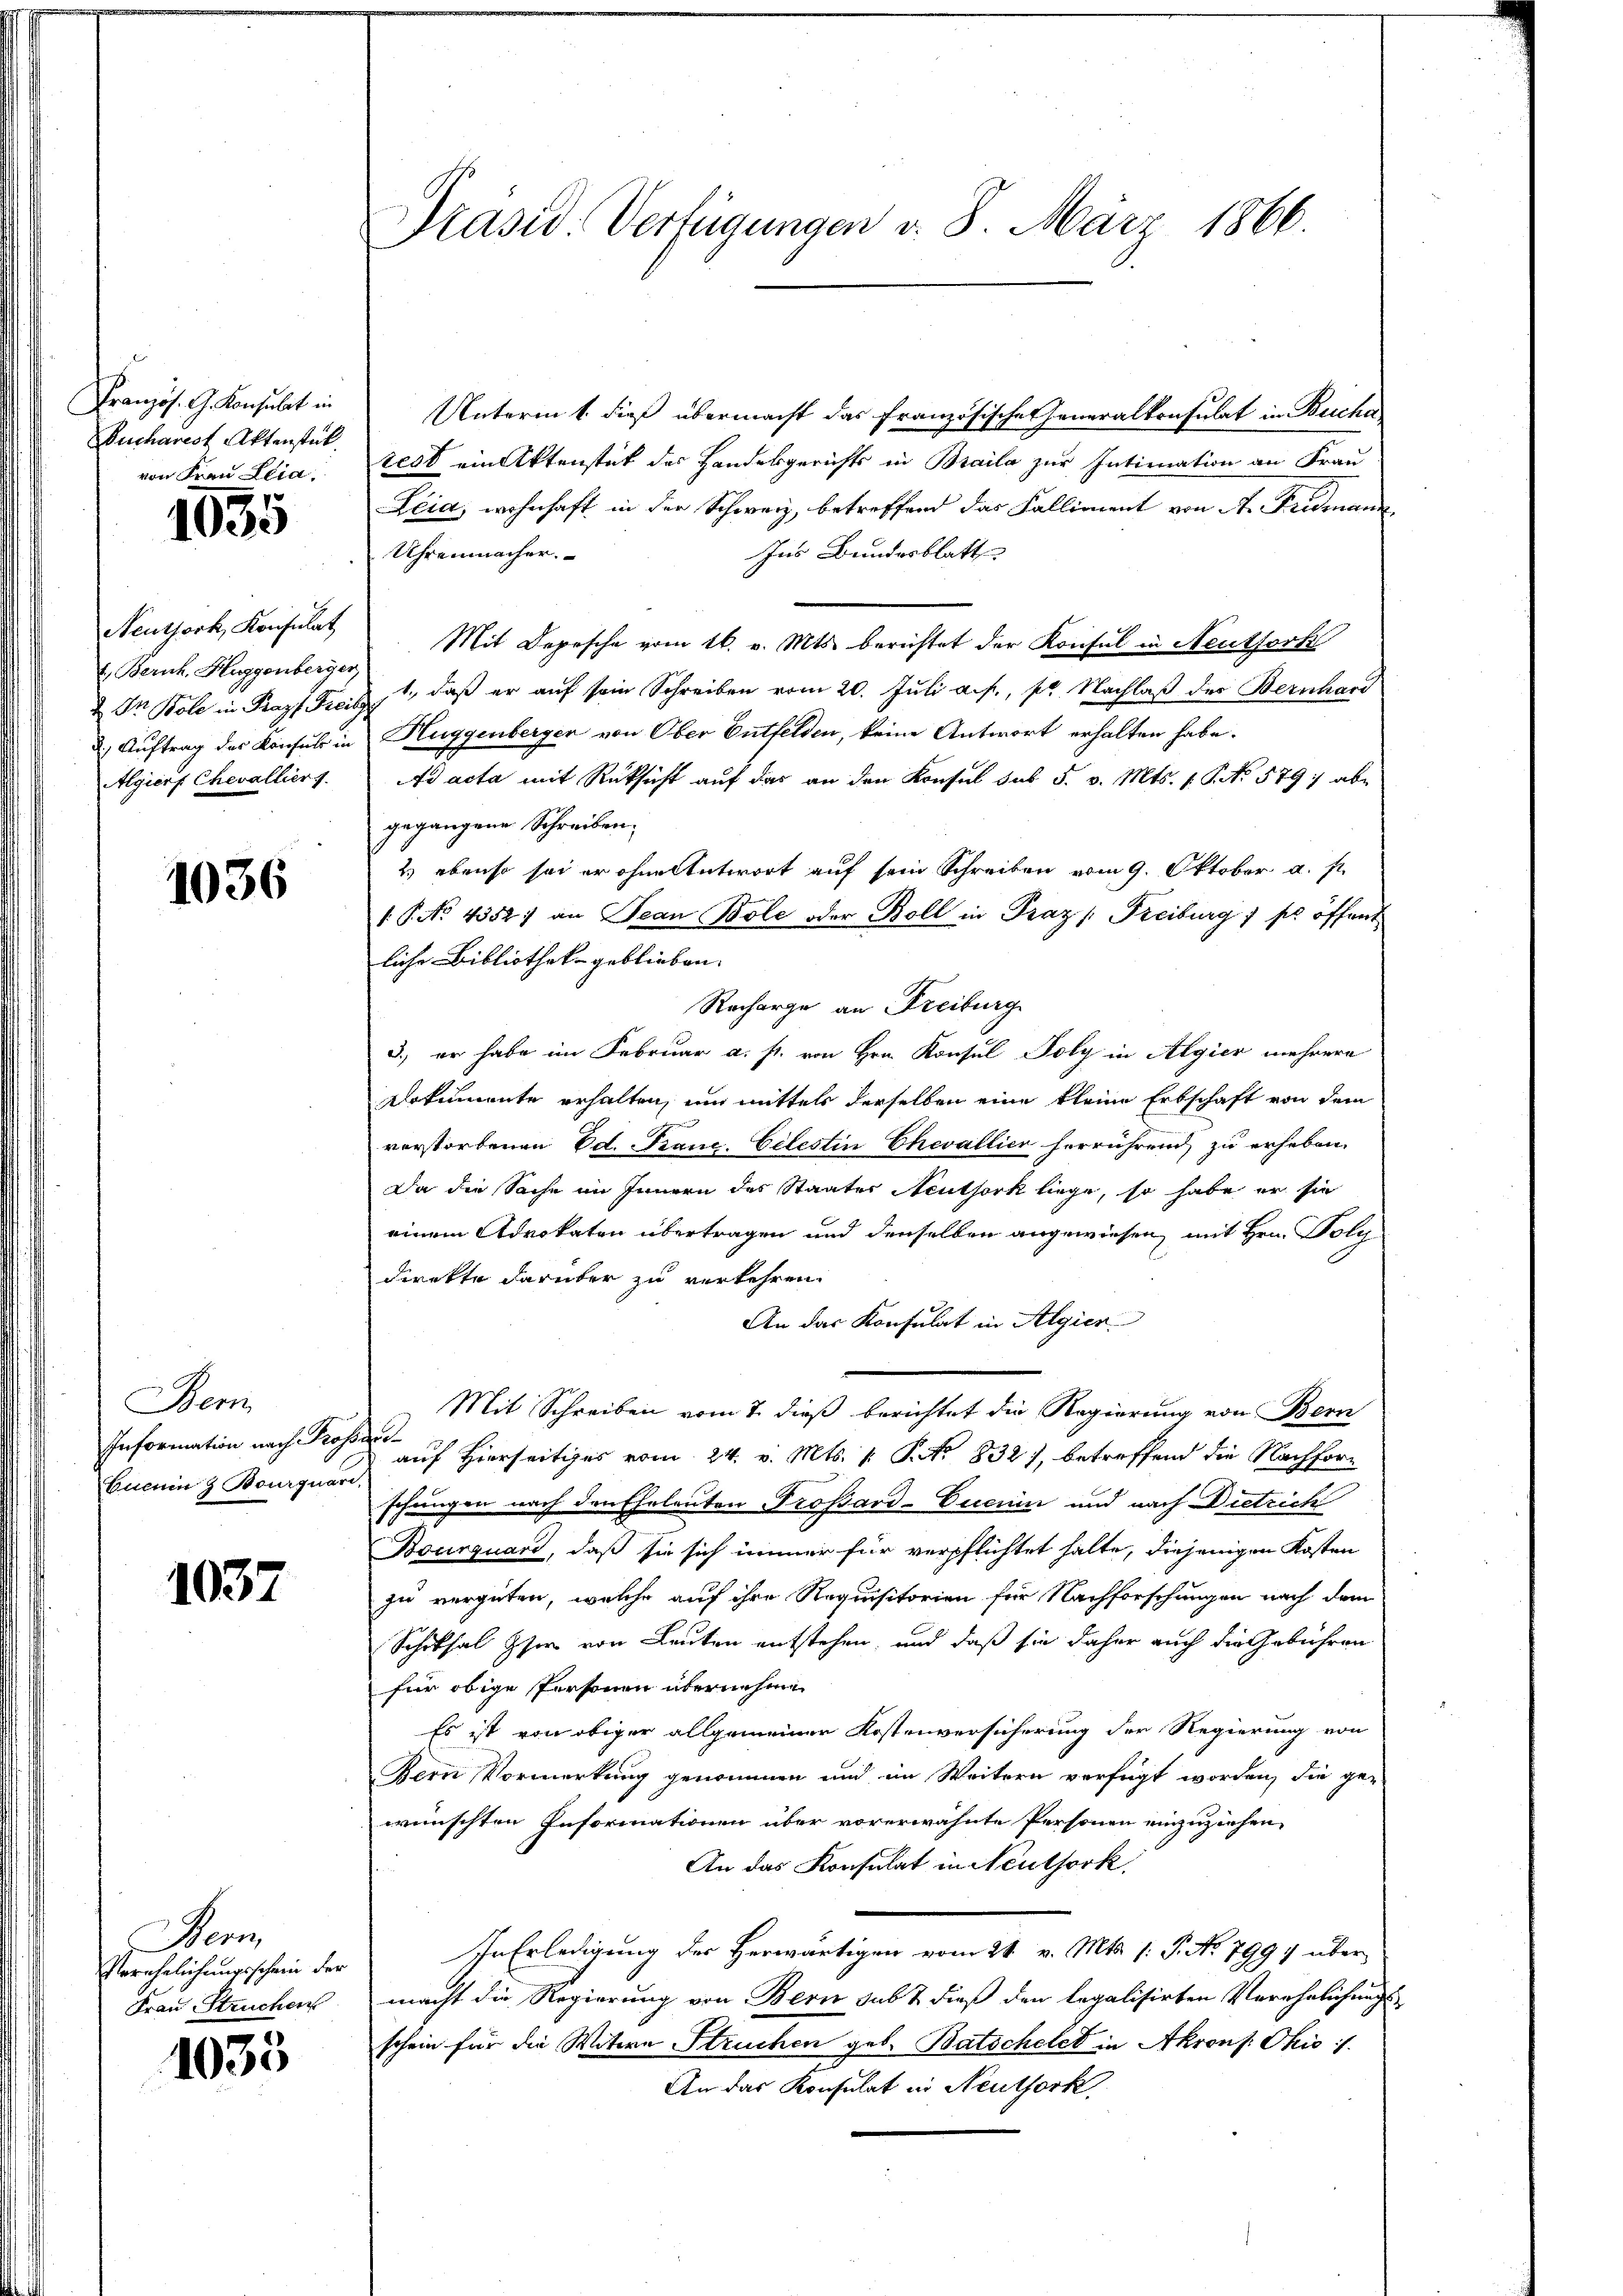
Französ. G. Konsulat in
Bucharest Aktenstück
von Frau Elia.

1035

Neuthork, Konsulat
1. Zürich. Huggenberger,
 Dr. Bole in Krapf Freibg
d. Auftrag des Konsuls in
Algiers Chevallier 1.

1036

Bern
Information nach Prof.
Euenin & Bourquari,

1037

ern
Verehelichungsschein der
Frau Struchen

1033

Präsid-Verfügungen v. 8. März 1866.

Unterm 1. dieß übermacht das französische Generalkonsulat in Bucha
test ein Aktenstät des Handesgerichts in Braile zur Intimation an Frau
Leid, wohnhaft in der Schweiz, betreffend das Falliment von A. Fridmann
Ins Bundesblatt
Uhrenmacher.
Mit Depesche vom 16. v. Mts. berichtet der Konsul in Neuthork
1., daß er auf sein Schreiben vom 20. Juli a. f., pr. Nachlaß des Bernhard
Huggenbergen von Ober Entfelden, keine Antwort erhalten habe.
Ad acta mit Rücksicht auf das an den Konsul das 5. v. Mts. f. P. No 579; abe
gegangene Schreiben.
2) ebenso sei er ohne Antwort auf sein Schreiben vom 9. Oktober a. s.
1.P. No. 4352) an Jean Bole oder Boll in Praz /: Freiburg) so öffent
liche Bibliothek geblieben.
Recharge an Freiburg
3., er habe im Februar a. s. von Hrn. Konsul Foly in Algier mehrere
Arkumente erhalten, und mittels derselben eine kleine Erbschaft von dem
verstorbenen Ed. Fraue. Celestin Chevallier herrührend, zu erheben.
Da die Sache im Innern des Staates Aeuthork liege, so habe er sie
einem Advokaten übertragen und denselben angewiesen, mit Hrn. Poly
direkte darüber zu verkehren.
An das Konsulat in Algier
Mit Schreiben vom 7. dieß berichtet die Regierung von Bern
d
auf Hierseits vom 24. v. Mts. 1. No 832), betreffend die Nachforschungen nach den Eheleuten Trossard-Eucuin und nach Dietrich
Bourquard, daß sie sich immer für verpflichtet hatte, diejenigen Kosten
zu vergüten, welche auf ihre Requisitorien für Nachforschungen nach dem
Schiksal her von Leuten entstehen, und daß sie daher auch die Gebühren
für obige Personen übernehme
Es ist von obiger allgemeiner Kostenversicherung der Regierung von
Bern Vormerkung genommen und im Weitern verfügt worden, die ge-
wünschten Informationen über vorerwähnte Personen einzuziehen,
An das Konsulat in Neuthork
In Erledigung der Herwärtigen vom 21. v. Mts. /: P. No 799 über
macht die Regierung von Bern sub & dieß den legalisirten Verehelichungsschein für die Witwe Struchen geb. Batschelet in Akrons: Ohio
An das Konsulat in Neuthork